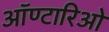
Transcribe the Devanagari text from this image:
ऑण्टारिओ